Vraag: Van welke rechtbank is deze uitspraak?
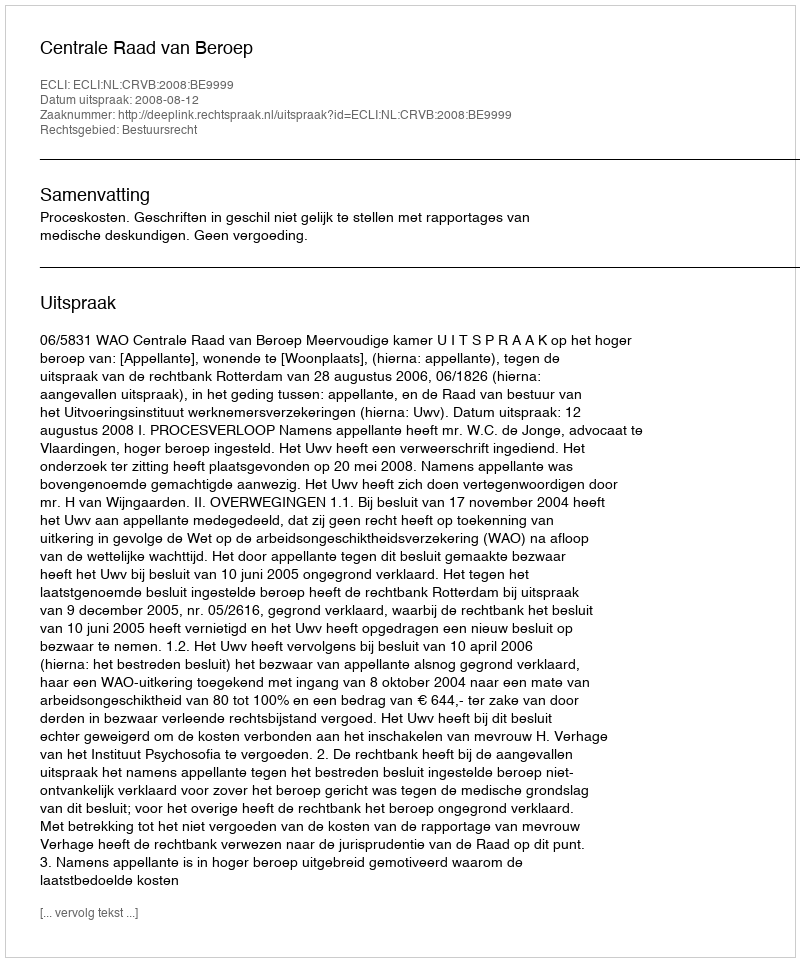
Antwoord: Centrale Raad van Beroep